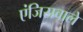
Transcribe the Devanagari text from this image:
एंजिसवाले